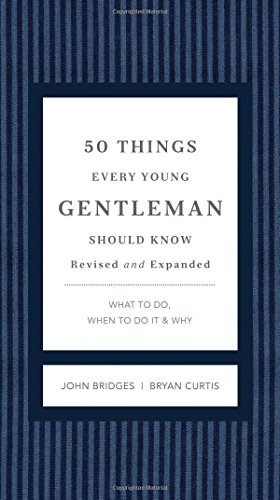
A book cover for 50 Things Every Young Gentleman Should Know Revised and   Upated: What to Do, When to Do It, and   Why (Gentlemanners); John Bridges; Reference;